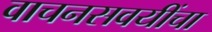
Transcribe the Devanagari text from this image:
वाचनसवयींचा